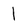
Character: 1